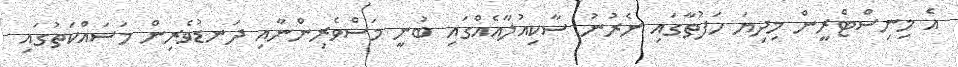
އެ މިނިސްޓްރީން މިދިޔަ ހަފުތާގައި ނެރުނު ސާކިއުލާއެއްގައި ބުނީ މަސްވެރިންނާއި ދަނޑުވެރިން މަސައްކަތުގައި